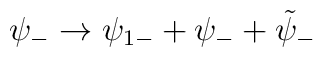
\psi_- \rightarrow \psi_{1-} + \psi_- + \tilde{\psi}_-